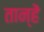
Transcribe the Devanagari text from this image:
तान्हें